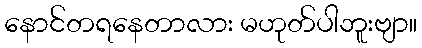
နောင်တရနေတာလား မဟုတ်ပါဘူးဗျာ။